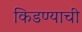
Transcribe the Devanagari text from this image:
किडण्याची